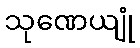
သုဏေယျုံ